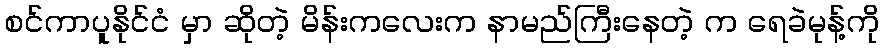
စင်ကာပူနိုင်ငံ မှာ ဆိုတဲ့ မိန်းကလေးက နာမည်ကြီးနေတဲ့ က ရေခဲမုန့်ကို